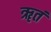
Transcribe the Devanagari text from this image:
ॠतं